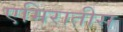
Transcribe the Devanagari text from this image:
एमिरातीस